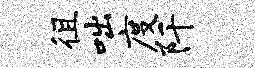
徂咄度阡